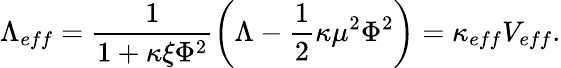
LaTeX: \Lambda_{eff}=\frac{1}{1+\kappa\xi\Phi^{2}}\left(\Lambda-\frac{1}{2}\kappa\mu^{2}\Phi^{2}\right)=\kappa_{eff}V_{eff}.